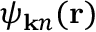
\psi _ { { \bf k } n } ( { \bf r } )